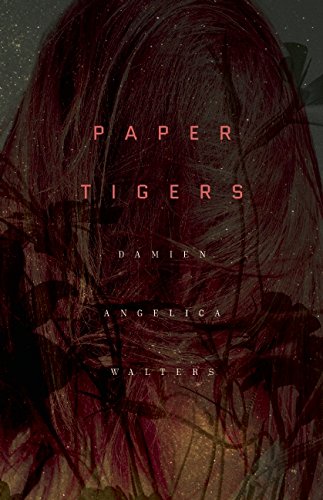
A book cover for Paper Tigers; Damien Angelica Walters; Literature & Fiction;